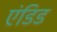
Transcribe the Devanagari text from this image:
एंडिड